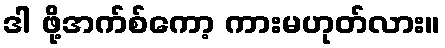
ဒါ ဖို့အက်စ်ကော့ ကားမဟုတ်လား။